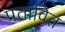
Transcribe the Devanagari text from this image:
प्रतावित